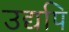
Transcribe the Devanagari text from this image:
उद्यपि